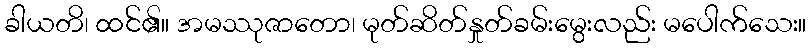
ခါယတိ၊ ထင်၏။ အမဿုဇာတော၊ မုတ်ဆိတ်နှုတ်ခမ်းမွေးလည်း မပေါက်သေး။